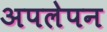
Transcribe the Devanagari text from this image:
अपलेपन